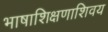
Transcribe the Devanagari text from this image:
भाषाशिक्षणाशिवय